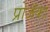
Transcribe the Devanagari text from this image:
प्रोजॅक्ट